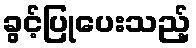
ခွင့်ပြုပေးသည့်